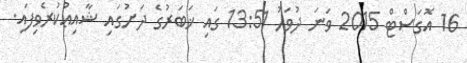
16 އޮގަސްޓް 2015 ވަނަ ދުވަހު 13:51 ގައި ޚަބަރުގެ ދަށުގައި ޝާއިޢުކުރެވިފައި.